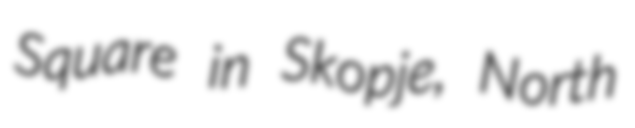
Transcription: Square in Skopje, North